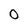
Character: 0